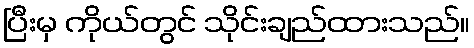
ပြီးမှ ကိုယ်တွင် သိုင်းချည်ထားသည်။